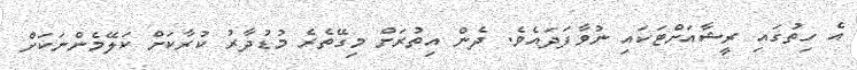
އެ ހިތުގައި ރީޝާއަށްޓަކައި ނުވާފަދައެވެ. ދެން އިތުރަށް މިގޭތެރެެ މުޑުދާރު ކުރާކަށް ކަލޭމެންނަކަށް